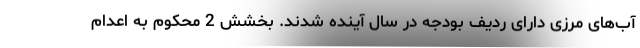
آب‌های مرزی دارای ردیف بودجه در سال آینده شدند. بخشش 2 محکوم به اعدام